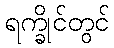
ရက္ခိုင်တွင်